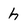
Character: h